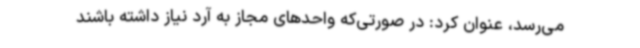
می‌رسد، عنوان کرد: در صورتی‌که واحدهای مجاز به آرد نیاز داشته باشند